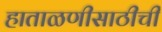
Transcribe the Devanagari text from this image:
हाताळणीसाठीची